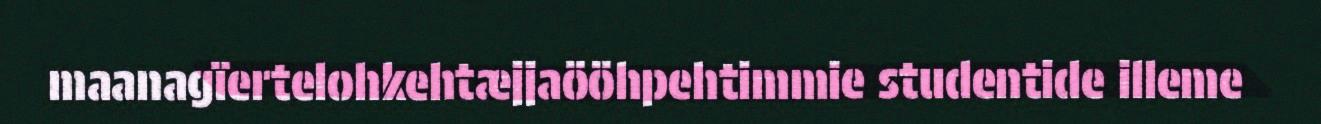
maanagïertelohkehtæjjaööhpehtimmie studentide illeme